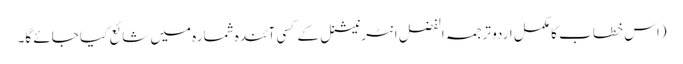
(اس خطاب کا مکمل اردو ترجمہ الفضل انٹرنیشنل کے کسی آئندہ شمارہ میں شائع کیا جائے گا۔